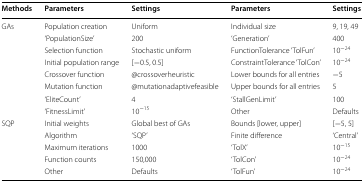
| Methods | Parameters | Settings | Parameters | Settings |
 | --- | --- | --- | --- | --- |
 | <ROWSPAN=8> GAs | Population creation | Uniform | Individual size | 9, 19, 49 |
 | ‘PopulationSize’ | 200 | ‘Generation’ | 400 |
 | Selection function | Stochastic uniform | FunctionTolerance ‘TolFun’ | 10−24 |
 | Initial population range | [−0.5, 0.5] | ConstraintTolerance ‘TolCon’ | 10−24 |
 | Crossover function | @crossoverheuristic | Lower bounds for all entries | −5 |
 | Mutation function | @mutationadaptivefeasible | Upper bounds for all entries | 5 |
 | ‘EliteCount’ | 4 | ‘StallGenLimit’ | 100 |
 | ‘FitnessLimit’ | 10−15 | Other | Defaults |
 | <ROWSPAN=5> SQP | Initial weights | Global best of GAs | Bounds [lower, upper] | [−5, 5] |
 | Algorithm | ‘SQP’ | Finite difference | ‘Central’ |
 | Maximum iterations | 1000 | ‘TolX’ | 10−15 |
 | Function counts | 150,000 | ‘TolCon’ | 10−24 |
 | Other | Defaults | ‘TolFun’ | 10−24 |